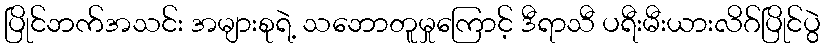
ပြိုင်ဘက်အသင်း အများစုရဲ့ သဘောတူမှုကြောင့် ဒီရာသီ ပရီးမီးယားလိဂ်ပြိုင်ပွဲ